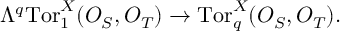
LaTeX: \Lambda ^ { q } \mathrm { T o r } _ { 1 } ^ { X } ( { \cal O } _ { S } , { \cal O } _ { T } ) \to \mathrm { T o r } _ { q } ^ { X } ( { \cal O } _ { S } , { \cal O } _ { T } ) .